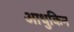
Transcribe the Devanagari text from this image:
आधुकिन